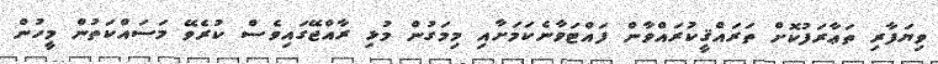
ވިޔަފާރި ތަޢާރަފުކޮށް ތަރައްޤީކުރައްވާން ފައްޓަވާނެކަމަށާއި މިމަގުން މުޅި ރާއްޖޭގައިވެސް ކުރެވޭ މަސައްކަތުން މީހުން